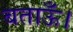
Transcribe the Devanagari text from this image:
बताऊँ।